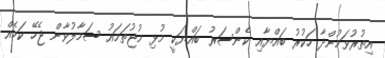
އިތުރުވަމުންދާ ހަކުރު ބައްޔާއި ކެންސަރު ބައްޔަކީ މުޅި މުޖުތަމައު ސަމާލުވާން ޖެހޭ ކަމެއް